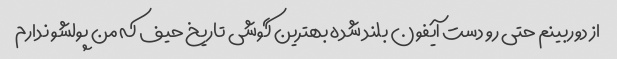
از دوربینم حتی رو دست آیفون بلند شده بهترین گوشی تاریخ حیف که من پولشو ندارم